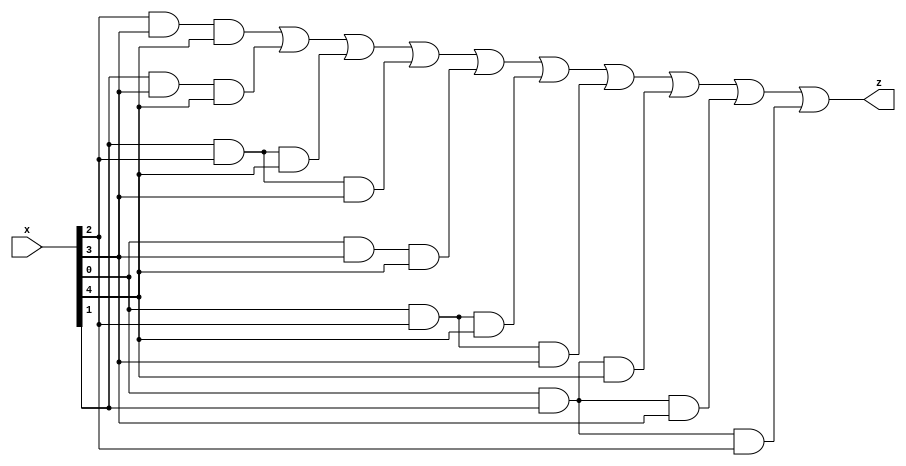
module majorityFunction(
	input [5:1] x,
	output z
	);
	
	assign z = (x[3] & x[4] & x[5]) | (x[2] & x[4] & x[5]) | (x[2] & x[3] & x[5]) | (x[2] & x[3] & x[4]) | (x[1] & x[4] & x[5]) | (x[1] & x[3] & x[5]) | (x[1] & x[3] & x[4]) | (x[1] & x[2] & x[5]) | (x[1] & x[2] & x[4]) | (x[1] & x[2] & x[3]);
	
endmodule